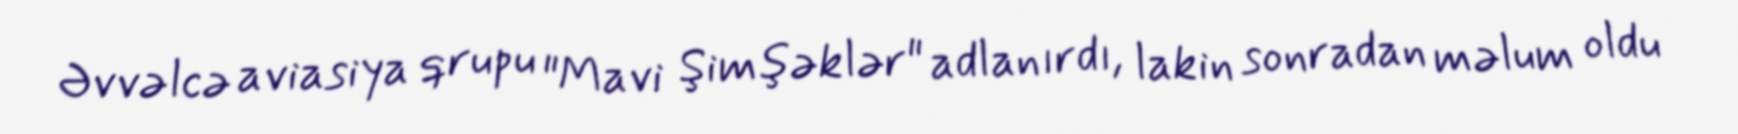
Əvvəlcə aviasiya qrupu "Mavi Şimşəklər" adlanırdı, lakin sonradan məlum oldu